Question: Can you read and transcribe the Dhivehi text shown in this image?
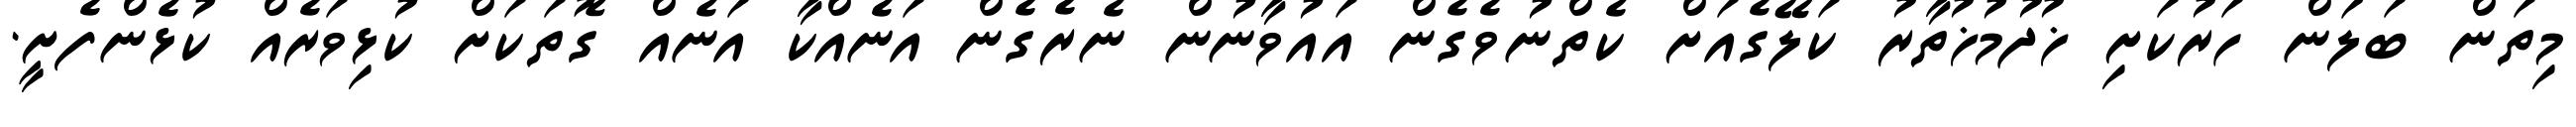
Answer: މިތަން ބަލަން ހަރުކަށި ޚުދުމުޚުތާރު ކަލޭގެއަށް ކެތްނުވެގެން އައުވާނުން ނެރެގެން އަނެއްކާ އަނެއް ގޮތަކަށް ކުޅިވަރެއް ކުޅެންފެށީ.